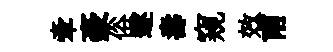
牽豪俗遂夀窺效甫